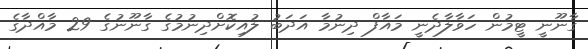
ގާނޫނީ ޓީމުން ހަވާލާދެނީ މައާފް ދިނުމާ އަދަބު ލުއިކޮށްދިނުމުގެ ގާނޫނުގެ 29 މާއްދާގެ